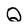
Character: Q